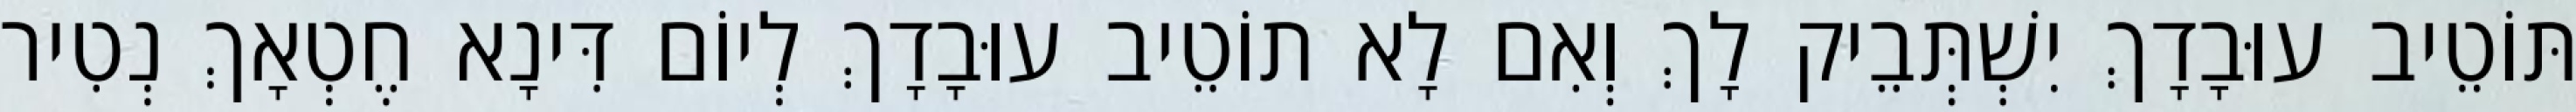
תּוֹטֵיב עוּבָדָךְ יִשְׁתְּבֵיק לָךְ וְאִם לָא תוֹטֵיב עוּבָדָךְ לְיוֹם דִּינָא חֶטְאָךְ נְטִיר